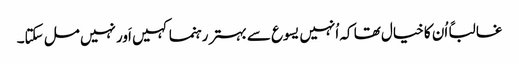
‏ غالباً اُن کا خیال تھا کہ اُنہیں یسوع سے بہتر رہنما کہیں اَور نہیں مل سکتا۔